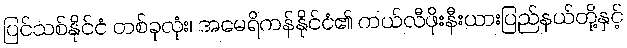
ပြင်သစ်နိုင်ငံ တစ်ခုလုံး၊ အမေရိကန်နိုင်ငံ၏ ကယ်လီဖိုးနီးယားပြည်နယ်တို့နှင့်